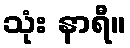
သုံး နာရီ။